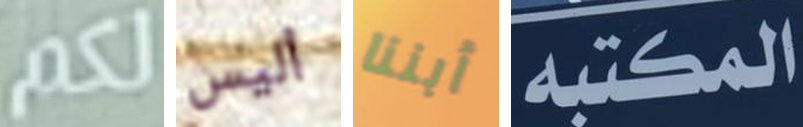
لكم أليس أبننا المكتبه